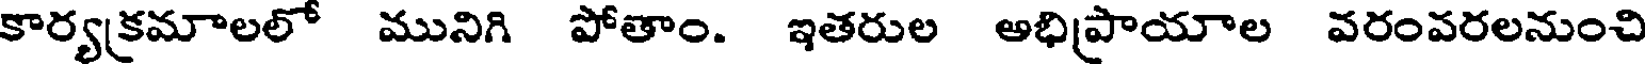
కార్యక్రమాలలో మునిగి పోతాం. ఇతరుల అభిప్రాయాల వరంవరలనుంచి